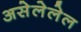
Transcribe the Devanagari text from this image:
असेलेलेल